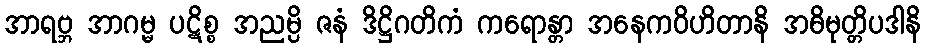
အာရဗ္ဘ အာဂမ္မ ပဋိစ္စ အညမ္ပိ ဇနံ ဒိဋ္ဌိဂတိကံ ကရောန္တာ အနေကဝိဟိတာနိ အဓိမုတ္တိပဒါနိ